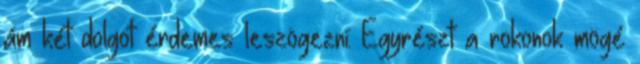
ám két dolgot érdemes leszögezni: Egyrészt a rokonok mögé